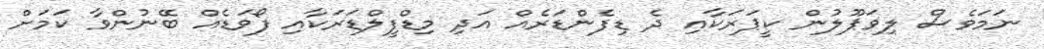
ނަމަވެސް ލިވަޕޫލުން ކީޕަރަކާއި ދެ ޑިފެންޑަރެއް އަދި މިޑްފީލްޑަރަކާއި ފޯވަޑެއް ބޭނުންވާ ކަމަށް